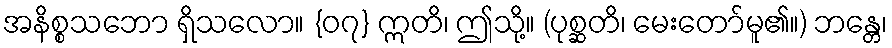
အနိစ္စသဘော ရှိသလော။ {၀၇} ဣတိ၊ ဤသို့။ (ပုစ္ဆတိ၊ မေးတော်မူ၏။) ဘန္တေ၊